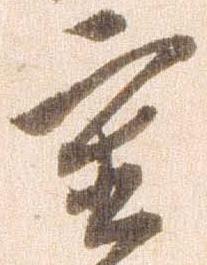
重